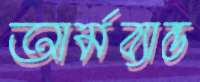
আর্মব্যান্ড